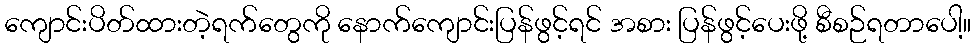
ကျောင်းပိတ်ထားတဲ့ရက်တွေကို နောက်ကျောင်းပြန်ဖွင့်ရင် အစား ပြန်ဖွင့်ပေးဖို့ စီစဉ်ရတာပေါ့။